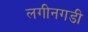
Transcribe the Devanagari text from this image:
लगीनगडी